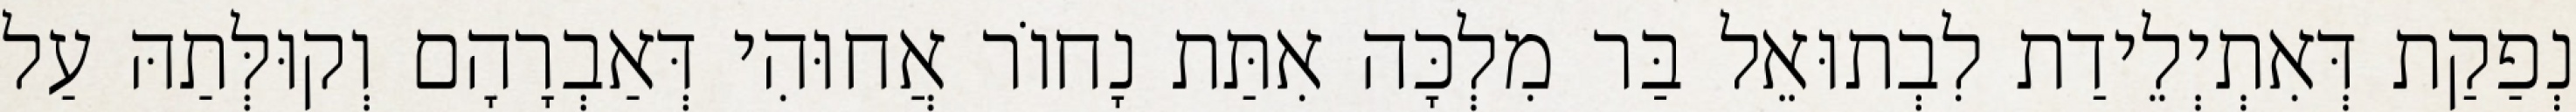
נְפַקַת דְּאִתְיְלֵידַת לִבְתוּאֵל בַּר מִלְכָּה אִתַּת נָחוֹר אֲחוּהִי דְּאַבְרָהָם וְקוּלְּתַהּ עַל